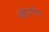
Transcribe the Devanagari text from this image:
छोउटोउ